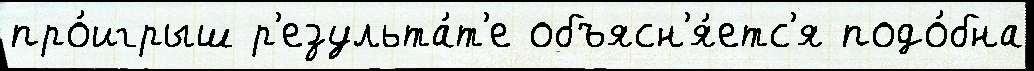
про́игрыш р'езульта́т'е объясн'я́етс'я подо́бна